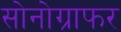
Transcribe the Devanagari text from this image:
सोनोग्राफर